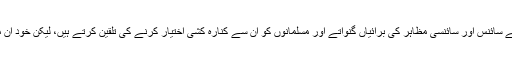
یہ اپنی تحریروں میں شدومد سے سائنس اور سائنسی مظاہر کی برائیاں گنواتے اور مسلمانوں کو ان سے کنارہ کشی اختیار کرنے کی تلقین کرتے ہیں، لیکن خود ان میں بُری طرح ملوث ہوتے ہیں۔